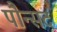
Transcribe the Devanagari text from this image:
पौन्सद